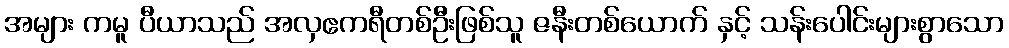
အများ ကမူ ပီယာသည် အလှဧကရီတစ်ဦးဖြစ်သူ ဇနီးတစ်ယောက် နှင့် သန်းပေါင်းများစွာသော